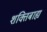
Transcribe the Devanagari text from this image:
शक्तिबाह्य